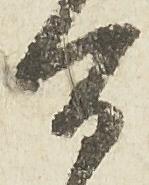
百